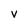
Character: v